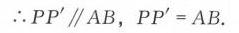
\(\therefore PP'\parallel AB\)，\(PP' = AB\).